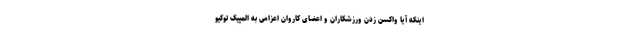
اینکه آیا واکسن زدن ورزشکاران و اعضای کاروان اعزامی به المپیک توکیو